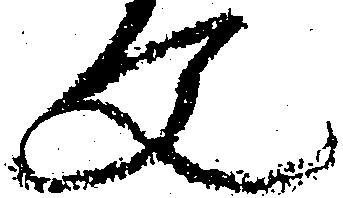
文